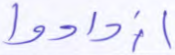
ازدادوا